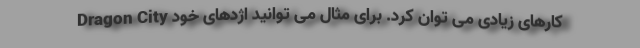
Dragon City کارهای زیادی می توان کرد. برای مثال می توانید اژدهای خود